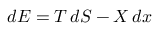
d E = T \, d S - X \, d x